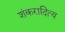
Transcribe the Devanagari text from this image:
शंकरादित्य